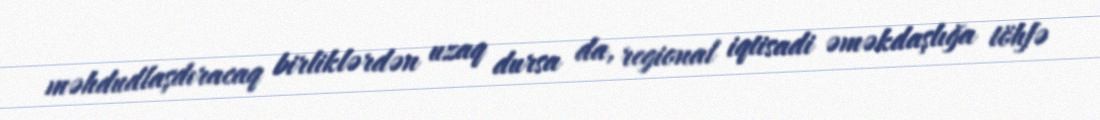
məhdudlaşdıracaq birliklərdən uzaq dursa da, regional iqtisadi əməkdaşlığa töhfə